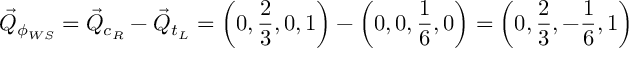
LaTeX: \vec { Q } _ { \phi _ { W S } } = \vec { Q } _ { c _ { R } } - \vec { Q } _ { t _ { L } } = \left( 0 , \frac { 2 } { 3 } , 0 , 1 \right) - \left( 0 , 0 , \frac { 1 } { 6 } , 0 \right) = \left( 0 , \frac { 2 } { 3 } , - \frac { 1 } { 6 } , 1 \right)